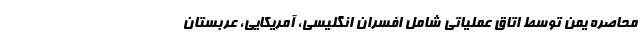
محاصره یمن توسط اتاق عملیاتی شامل افسران انگلیسی، آمریکایی، عربستان